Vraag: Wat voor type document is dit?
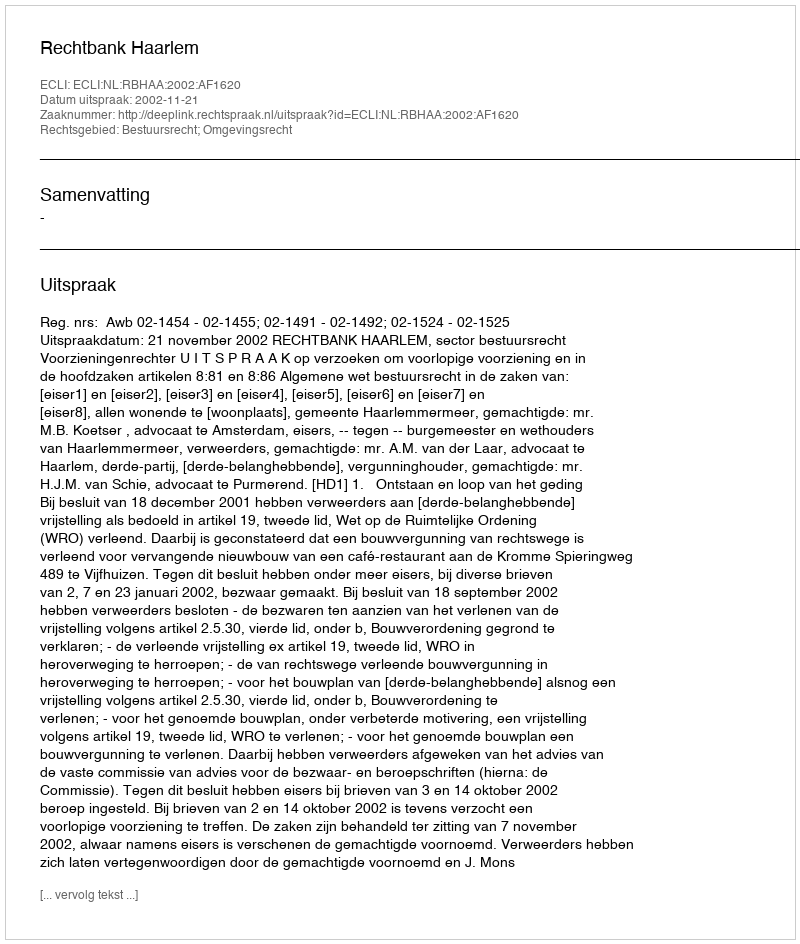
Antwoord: Uitspraak